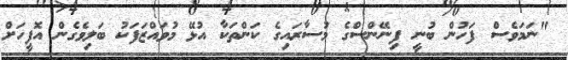
"ނަމަވެސް ފަހުން ބުނީ ފިނޭންސްގެ މުސާރައިގެ ކަންތަކާ އުޅޭ މުވައްޒަފަކު ބަލިވެގެން އޮފީހަށް